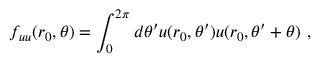
f _ { u u } ( r _ { 0 } , \theta ) = \int _ { 0 } ^ { 2 \pi } d \theta ^ { \prime } u ( r _ { 0 } , \theta ^ { \prime } ) u ( r _ { 0 } , \theta ^ { \prime } + \theta ) \ ,